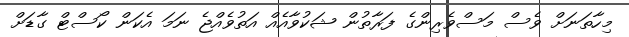
މިހާތަނަށް ވެސް މަސްވެރިންގެ ފަރާތުން ޝަކުވާއެއް އަތުވެއްޖެ ނަމަ އެކަން ކޯސްޓް ގާޑަށް